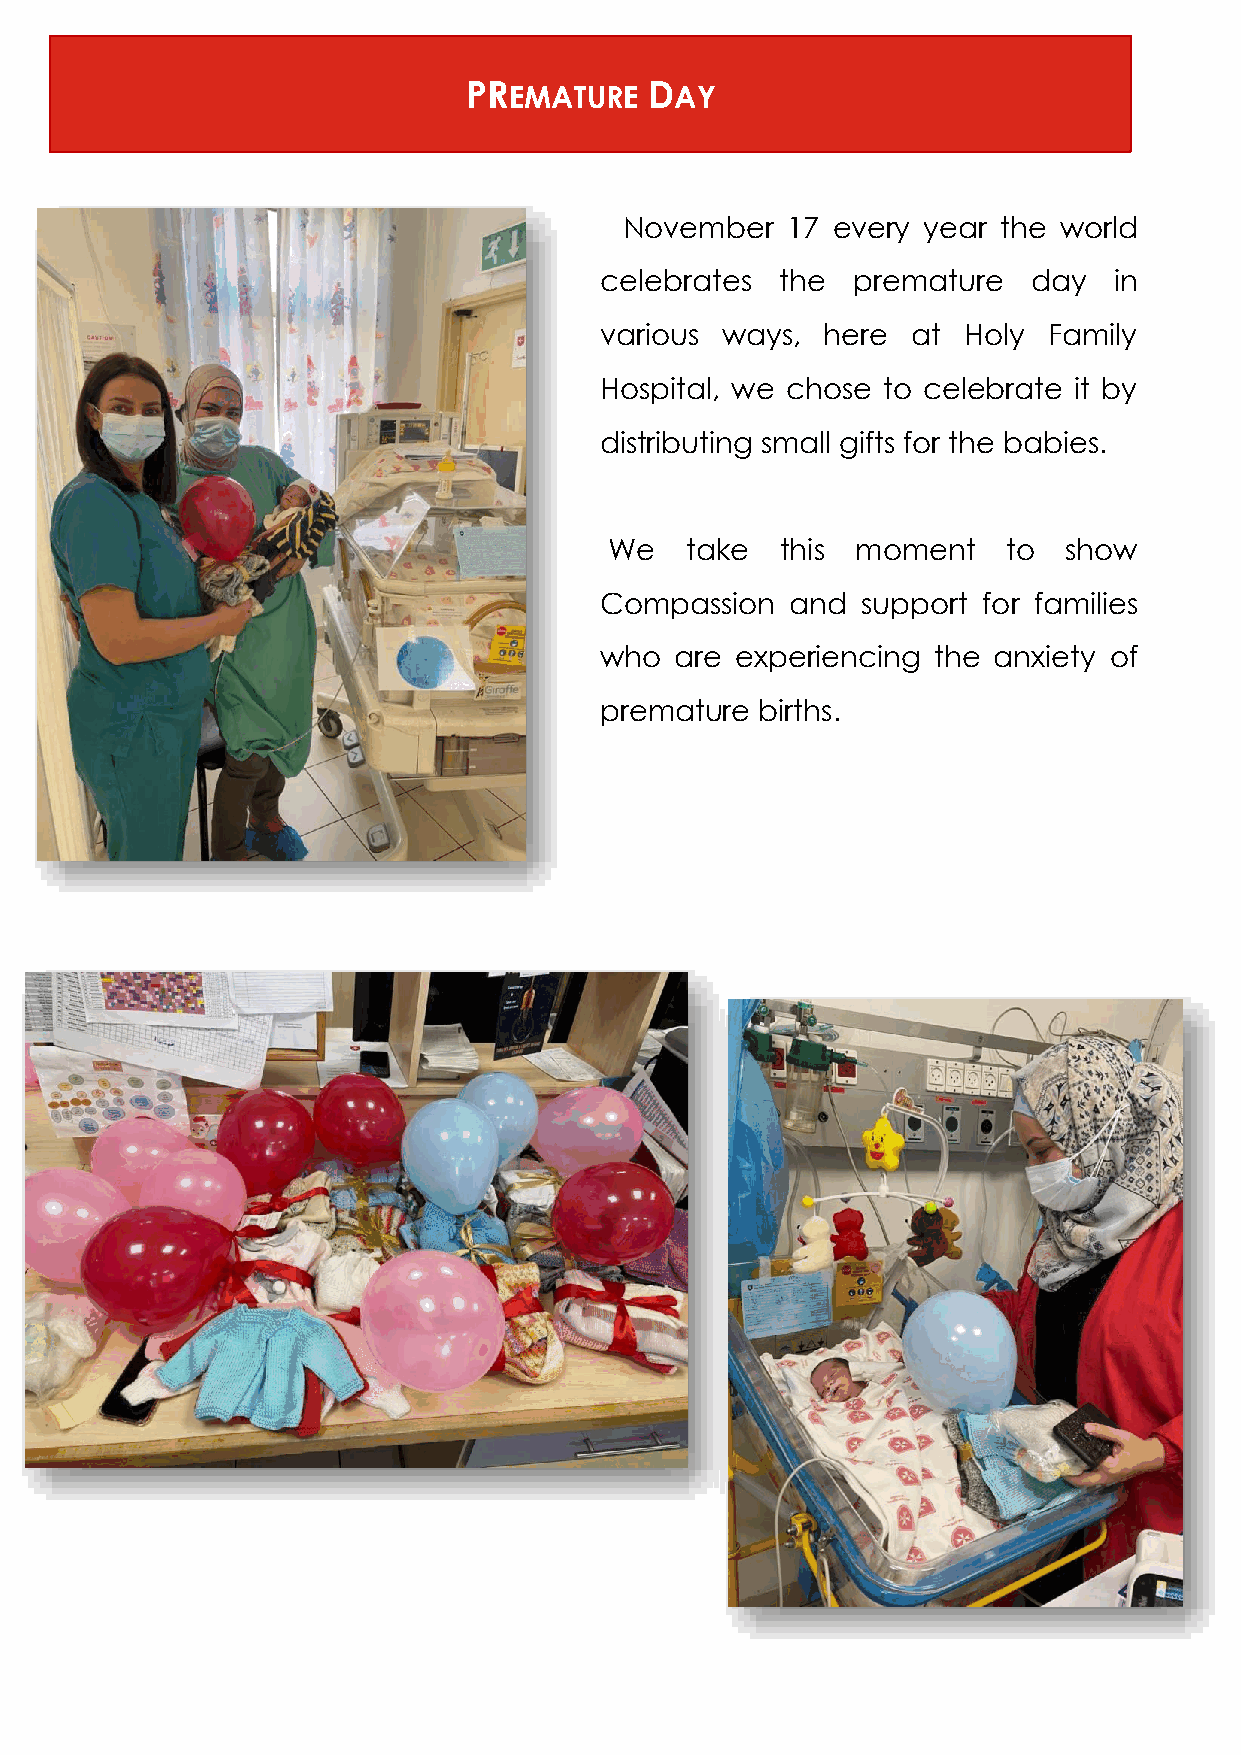
PREMATURE   DAY
 November   17 every year the world
 celebrates  the premature   day   in
 various ways,  here at  Holy Family
 Hospital, we chose to celebrate it by
 distributing small gifts for the babies.
 We   take   this moment    to show
 Compassion  and  support for families
 who  are experiencing the anxiety of
 premature births.